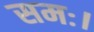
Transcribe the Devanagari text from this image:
समः।